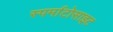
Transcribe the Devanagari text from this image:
स्पर्माटोसाइट